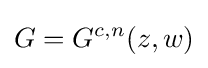
G=G^{c,n}(z,w)